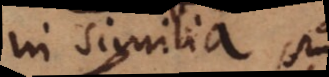
in similia, si